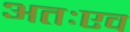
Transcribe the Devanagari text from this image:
अतःएव